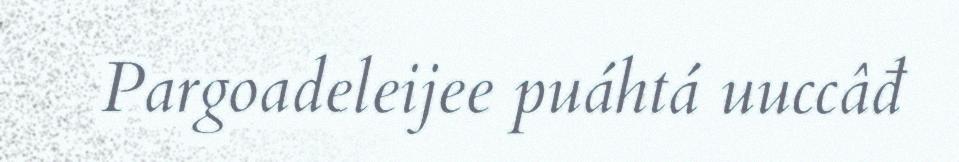
Pargoadeleijee puáhtá uuccâđ